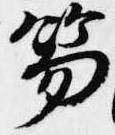
笏